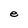
Character: e